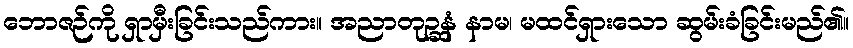
ဘောဇဉ်ကို ရှာမှီးခြင်းသည်ကား။ အညာတုဉ္ဆနံ နာမ၊ မထင်ရှားသော ဆွမ်းခံခြင်းမည်၏။